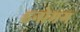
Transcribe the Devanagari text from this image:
हनोमग